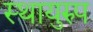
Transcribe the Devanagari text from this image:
स्थायुरुप